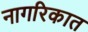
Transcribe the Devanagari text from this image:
नागरिकात